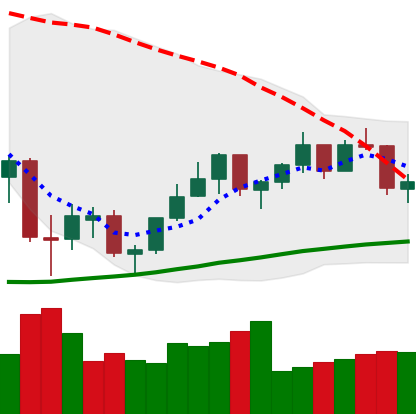
Ticker: ETH-USD
Chart end date: 2021-07-09
Forward return: -7.097%
Label: down_7plus